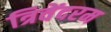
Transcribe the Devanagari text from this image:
त्रिवेंदरम